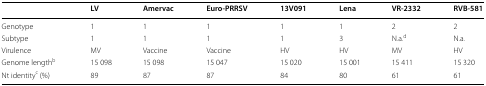
|  | LV | Amervac | Euro-PRRSV | 13V091 | Lena | VR-2332 | RVB-581 |
 | --- | --- | --- | --- | --- | --- | --- | --- |
 | Genotype | 1 | 1 | 1 | 1 | 1 | 2 | 2 |
 | Subtype | 1 | 1 | 1 | 1 | 3 | N.a.d | N.a. |
 | Virulence | MV | Vaccine | Vaccine | HV | HV | MV | HV |
 | Genome lengthb | 15 098 | 15 098 | 15 047 | 15 020 | 15 001 | 15 411 | 15 320 |
 | Nt identityc (%) | 89 | 87 | 87 | 84 | 80 | 61 | 61 |